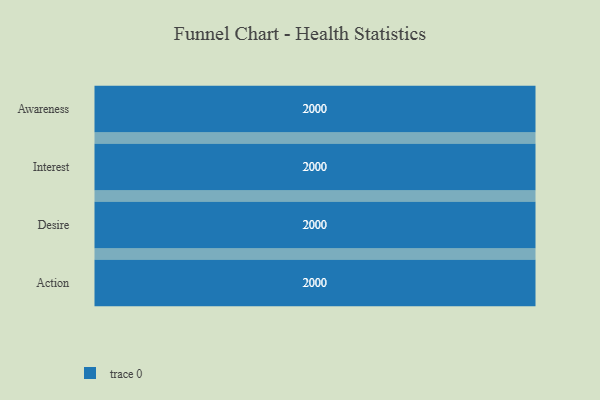
{"axis": {"x": "Stage", "y": "Value"}, "legend": [""], "data": [{"x": "Awareness", "y": 2000, "type": ""}, {"x": "Interest", "y": 2000, "type": ""}, {"x": "Desire", "y": 2000, "type": ""}, {"x": "Action", "y": 2000, "type": ""}]}